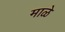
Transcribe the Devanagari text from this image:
माळे